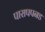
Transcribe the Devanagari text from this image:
पारापपनड